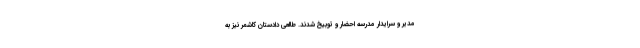
مدیر و سرایدار مدرسه احضار و توبیخ شدند. طالعی دادستان کاشمر نیز به